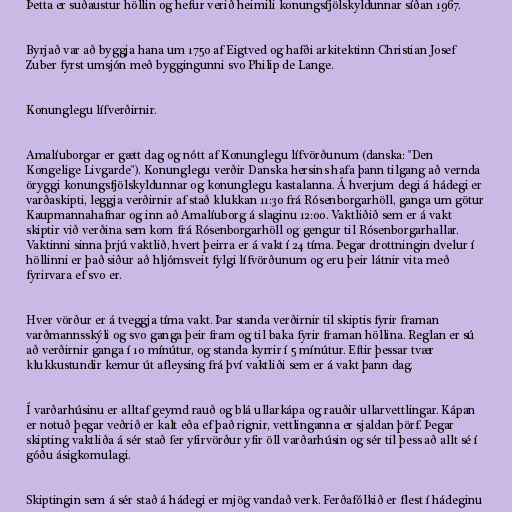
Þetta er suðaustur höllin og hefur verið heimili konungsfjölskyldunnar síðan 1967.

Byrjað var að byggja hana um 1750 af Eigtved og hafði arkitektinn Christian Josef
Zuber fyrst umsjón með byggingunni svo Philip de Lange.

Konunglegu lífverðirnir.

Amalíuborgar er gætt dag og nótt af Konunglegu lífvörðunum (danska: "Den
Kongelige Livgarde"). Konunglegu verðir Danska hersins hafa þann tilgang að vernda
öryggi konungsfjölskyldunnar og konunglegu kastalanna. Á hverjum degi á hádegi er
varðaskipti, leggja verðirnir af stað klukkan 11:30 frá Rósenborgarhöll, ganga um götur
Kaupmannahafnar og inn að Amalíuborg á slaginu 12:00. Vaktliðið sem er á vakt
skiptir við verðina sem kom frá Rósenborgarhöll og gengur til Rósenborgarhallar.
Vaktinni sinna þrjú vaktlið, hvert þeirra er á vakt í 24 tíma. Þegar drottningin dvelur í
höllinni er það siður að hljómsveit fylgi lífvörðunum og eru þeir látnir vita með
fyrirvara ef svo er.

Hver vörður er á tveggja tíma vakt. Þar standa verðirnir til skiptis fyrir framan
varðmannsskýli og svo ganga þeir fram og til baka fyrir framan höllina. Reglan er sú
að verðirnir ganga í 10 mínútur, og standa kyrrir í 5 mínútur. Eftir þessar tvær
klukkustundir kemur út afleysing frá því vaktliði sem er á vakt þann dag.

Í varðarhúsinu er alltaf geymd rauð og blá ullarkápa og rauðir ullarvettlingar. Kápan
er notuð þegar veðrið er kalt eða ef það rignir, vettlinganna er sjaldan þörf. Þegar
skipting vaktliða á sér stað fer yfirvörður yfir öll varðarhúsin og sér til þess að allt sé í
góðu ásigkomulagi.

Skiptingin sem á sér stað á hádegi er mjög vandað verk. Ferðafólkið er flest í hádeginu